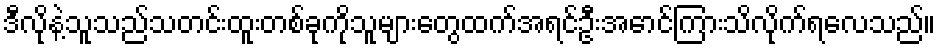
ဒီလိုနဲ့သူသည်သတင်းထူးတစ်ခုကိုသူများတွေထက်အရင်ဦးအောင်ကြားသိလိုက်ရလေသည်။